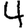
Digit: 4